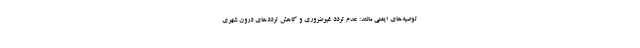
توصیه‌های ایمنی مانند: عدم تردد غیرضروری و کاهش ترددهای درون شهری